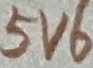
Text: 5V6